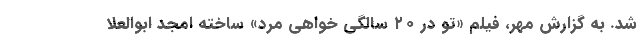
شد. به گزارش مهر، فیلم «تو در ۲۰ سالگی خواهی مرد» ساخته امجد ابوالعلا